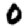
Digit: 0